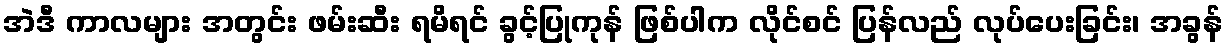
အဲဒီ ကာလများ အတွင်း ဖမ်းဆီး ရမိရင် ခွင့်ပြုကုန် ဖြစ်ပါက လိုင်စင် ပြန်လည် လုပ်ပေးခြင်း၊ အခွန်